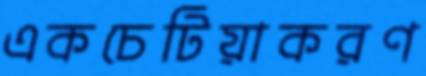
একচেটিয়াকরণ